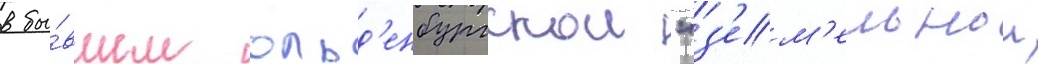
в бы́вшем ольд'енбургскои "з'ем'ельнои